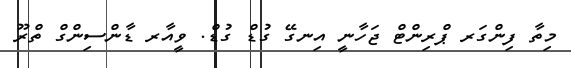
މިތާ ފިންގަރ ޕްރިންޓް ޖަހާނީ އިނގޭ ގުޑް ގުޑް. ވީއާރ ޑާންސިންގް ތްރޫ